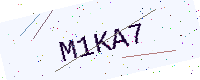
Text: M1KA7